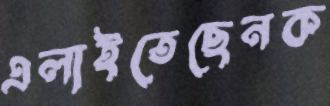
এলাইতেছেনক